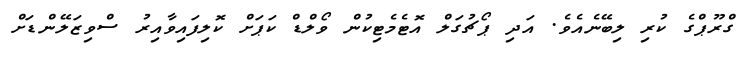
ގްރޫޕްގެ ކުރި ލިބޭނެއެވެ. އަދި ޕޯޗުގަލް އޮޓެމެޓިކުން ވޯލްޑް ކަޕަށް ކޮލިފައިވާއިރު ސްވިޒަލޭންޑަށް